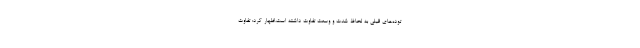
توده‌های قبلی به لحاظ شدت و وسعت تفاوت داشته است،اظهار کرد: تفاوت